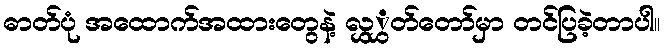
ဓာတ်ပုံ အထောက်အထားတွေနဲ့ လွှွှတ်တော်မှာ တင်ပြခဲ့တာပါ။